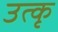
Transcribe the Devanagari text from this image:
उत्कृ